Indian journal of veterinary science and animal husbandry - Volume 8,
Year: 1938
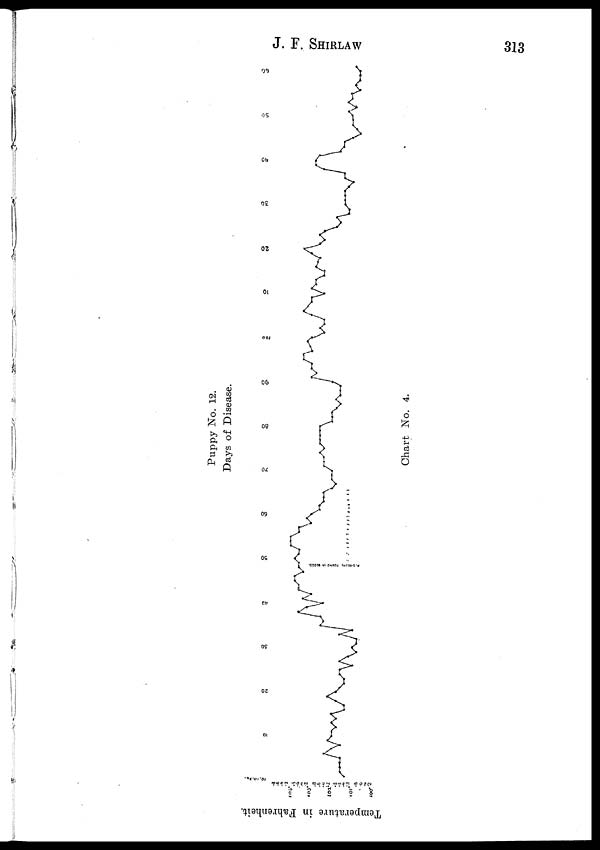
J. F.
SHIRLAW
313
Puppy No. 12.
Days of Disease.
Chart No. 4.
Temperature in Fahrenheit.